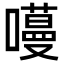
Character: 𭋽